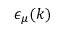
\epsilon _ { \mu } ( k )